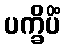
ပက္ခိပိံ